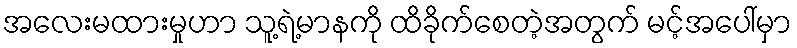
အလေးမထားမှုဟာ သူ့ရဲ့မာနကို ထိခိုက်စေတဲ့အတွက် မင့်အပေါ်မှာ